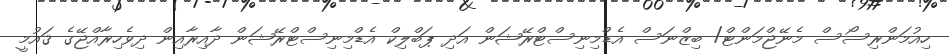
ހިއުމަންރިސޯސް މެނޭޖްމަންޓް/ ބިޒްނަސް އެޑްމިނިސްޓްރޭޝަން އަދި ޕަބްލިކް އެޑްމިނިސްޓްރޭޝަން ދާއިރާއިން ދިވެހިރާއްޖޭގެ ޤައުމީ